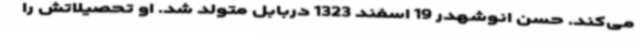
می‌کند. حسن انوشهدر 19 اسفند 1323 دربابل متولد شد. او تحصیلاتش را